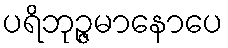
ပရိဘုဉ္ဇမာနောပေ